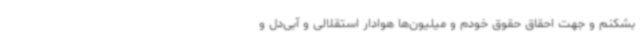
بشکنم و جهت احقاق حقوق خودم و میلیون‌ها هوادار استقلالی و آبی‌دل و